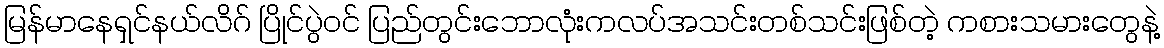
မြန်မာနေရှင်နယ်လိဂ် ပြိုင်ပွဲဝင် ပြည်တွင်းဘောလုံးကလပ်အသင်းတစ်သင်းဖြစ်တဲ့ ကစားသမားတွေနဲ့